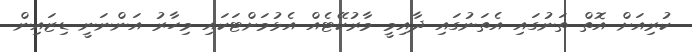
ކުރިއަށް އޮތް ތަނުގައި އެތަނުގައި ދާއިމީ މާރުކޭޓެއް އެޅުމަށްޓަކައި މިހާރު އަންނަނީ ޑިޒައިން